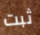
ثبت